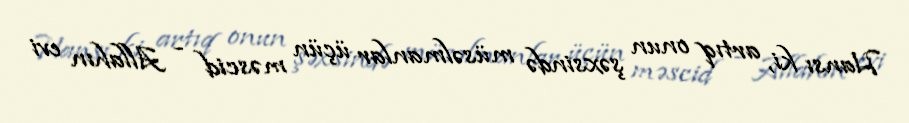
Hansı ki, artıq onun şəxsində müsəlmanlar üçün məscid - Allahın evi